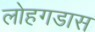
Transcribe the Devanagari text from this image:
लोहगडास